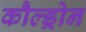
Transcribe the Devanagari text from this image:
कौल्ड्रोन